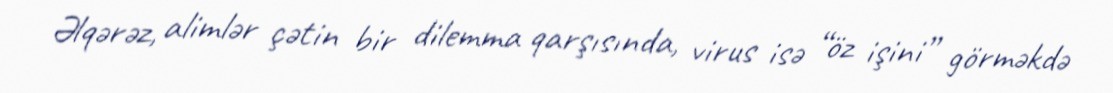
Əlqərəz, alimlər çətin bir dilemma qarşısında, virus isə “öz işini” görməkdə